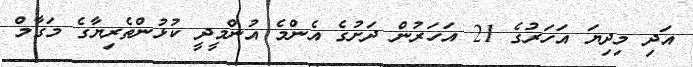
އަދި މިދިޔަ އަހަރުގެ 21 އަހަރުން ދަށުގެ އެންމެ އުންމީދީ ކުޅުންތެރިޔާގެ މަގާމް